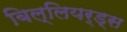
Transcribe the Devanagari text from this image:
बिल्लियर्ड्स